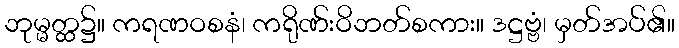
ဘုမ္မတ္ထ၌။ ကရဏဝစနံ၊ ကရိုဏ်းဝိဘတ်စကား။ ဒဋ္ဌဗ္ဗံ၊ မှတ်အပ်၏။